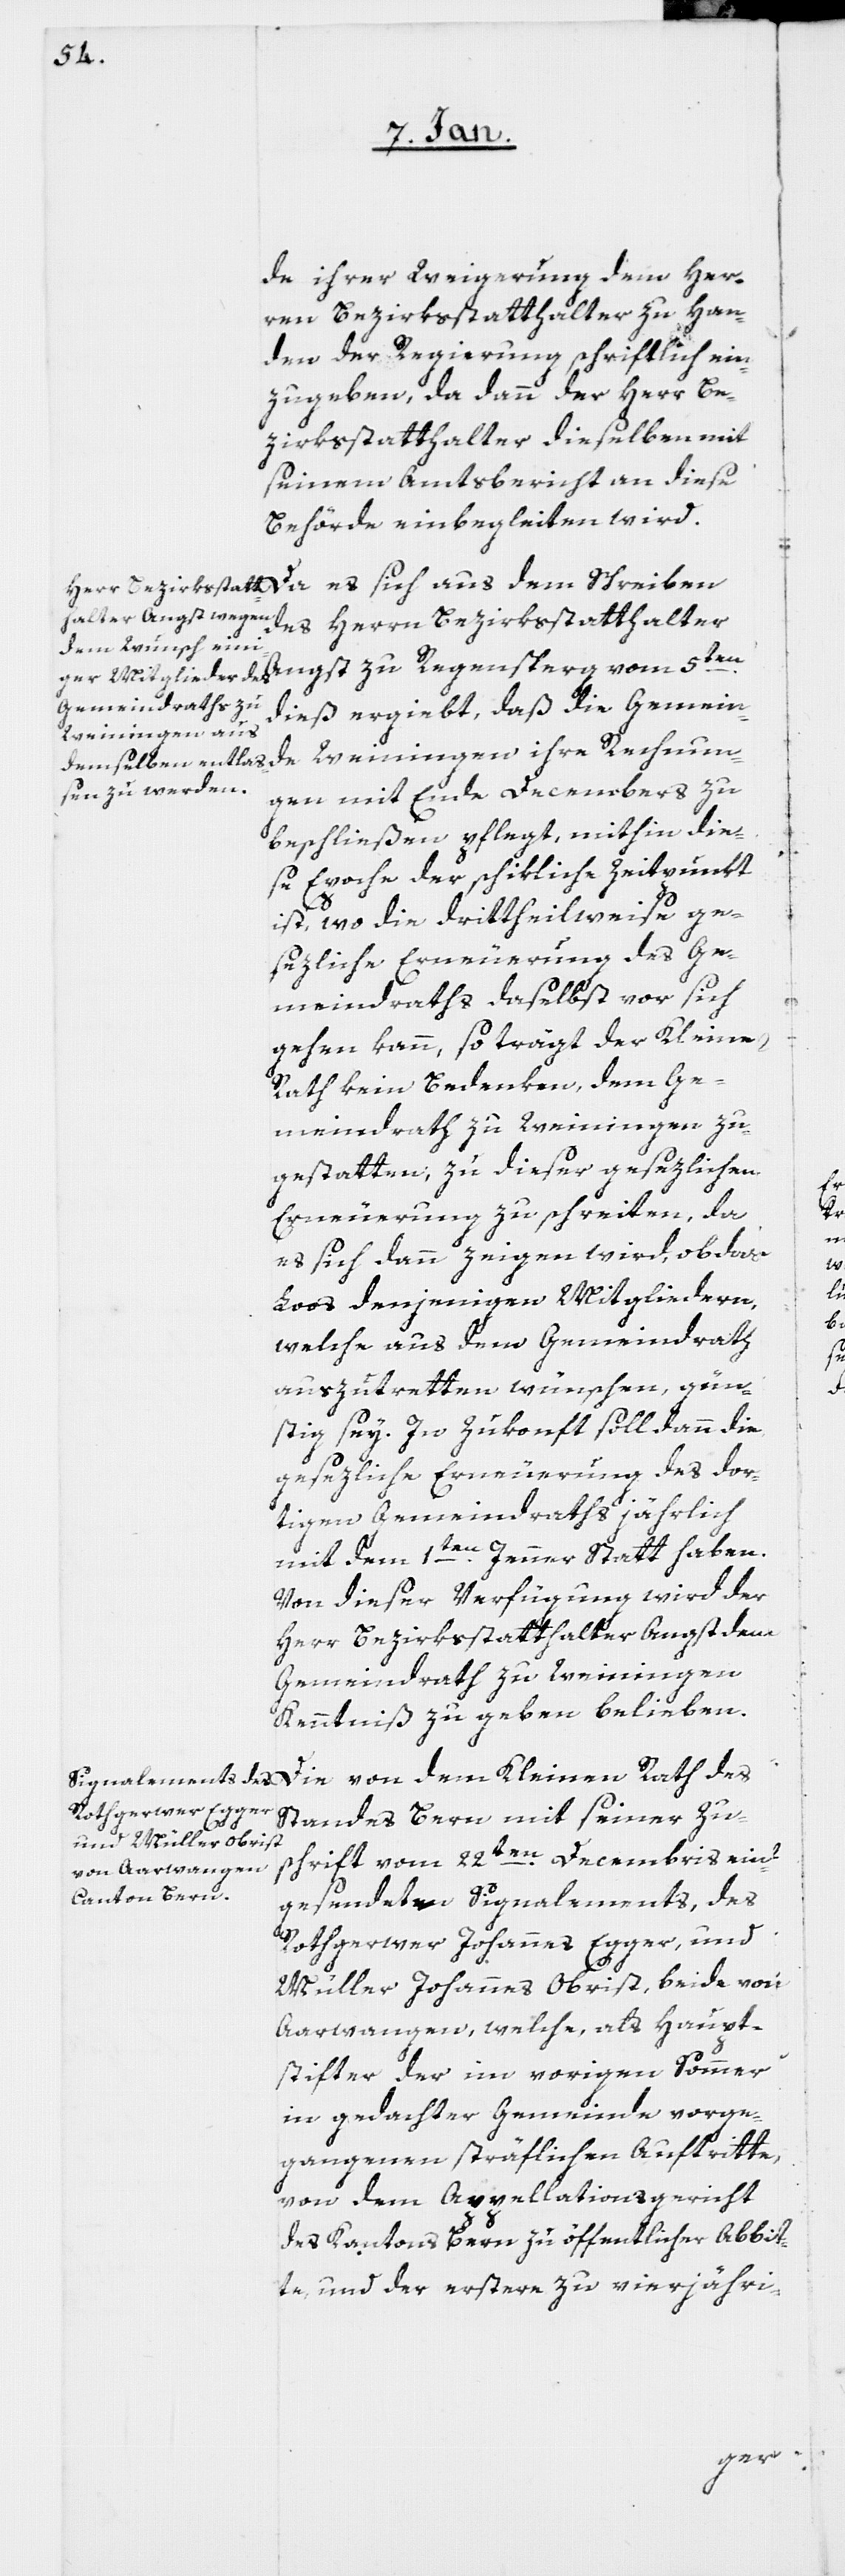
de ihrer Weigerung dem Her¬
ren Bezirksstatthalter zu Han¬
den der Regierung schriftlich ein¬
zugeben, da dann der Herr Be¬
zirksstatthalter dieselben mit
seinem Amtsbericht an diese
Behörde einbegleiten wird.
dieß ergiebt, daß die Gemein¬
de Weiningen ihre Rechnun¬
gen mit Ende Decembers zu
beschließen pflegt, mithin die¬
se Epoche der schikliche Zeitpunkt
ist, wo die drittheilweise ge¬
sezliche Erneuerung des Ge¬
meindraths daselbst vor sich
gehen kann, so trägt der Kleine
Rath kein Bedenken, dem Ge¬
meindrath zu Weiningen zu
gestatten, zu dieser gesezlichen
Erneuerung zu schreiten, da
es sich dann zeigen wird, ob das
Loos denjenigen Mitgliedern,
welche aus dem Gemeindrath
auszutretten wünschen, gün¬
stig sey. In Zukonft soll dann die
gesezliche Erneuerung des dor¬
tigen Gemeindraths jährlich
mit dem 1sten. Jenner Statt haben.
Von dieser Verfügung wird der
Herr Bezirksstatthalter Angst dem
Gemeindrath zu Weiningen
Kenntniß zu geben belieben.
Die von dem Kleinen Rath des
Standes Bern mit seiner Zu¬
schrift vom 22sten. Decembris ein¬
gesendeten Signalements, des
Rothgerwer Johannes Egger, und
Müller Johannes Obrist, beide von
Aarwangen, welche, als Haupt¬
stifter der im vorigen Sommer
in gedachter Gemeinde vorge¬
gangenen sträflichen Auftritte,
von dem Appellationsgericht
des Cantons Bern zu öffentlicher Abbit¬
te, und der erstere zu vierjähri-